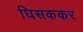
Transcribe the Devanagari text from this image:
घिसककर